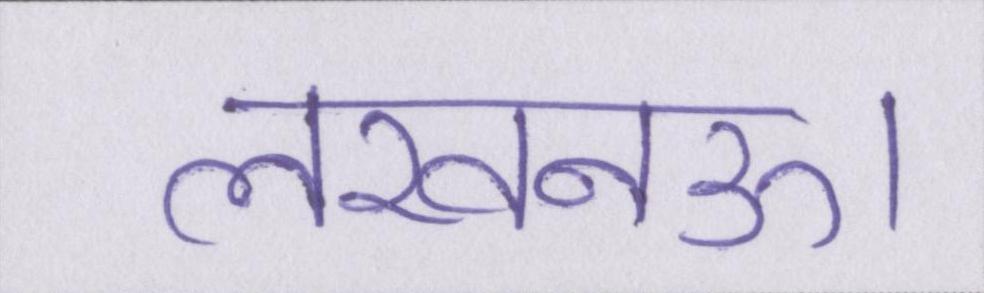
लखनऊ।